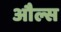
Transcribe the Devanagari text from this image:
औल्स